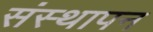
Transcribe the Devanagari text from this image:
संस्‍थापन